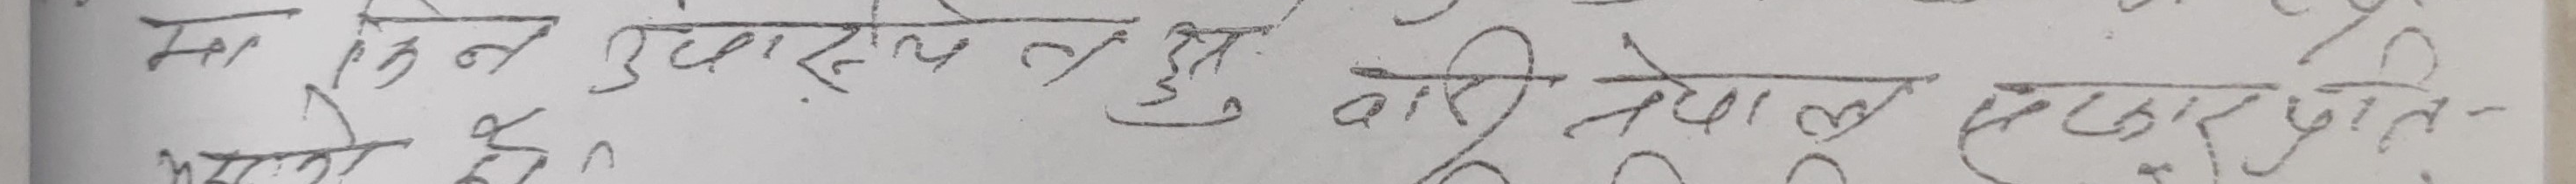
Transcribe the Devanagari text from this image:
मा किन दुवास्त छ र हु वारी नेपाल सरकारत